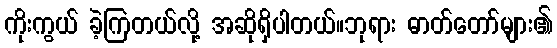
ကိုးကွယ် ခဲ့ကြတယ်လို့ အဆိုရှိပါတယ်။ဘုရား ဓာတ်တော်များ၏